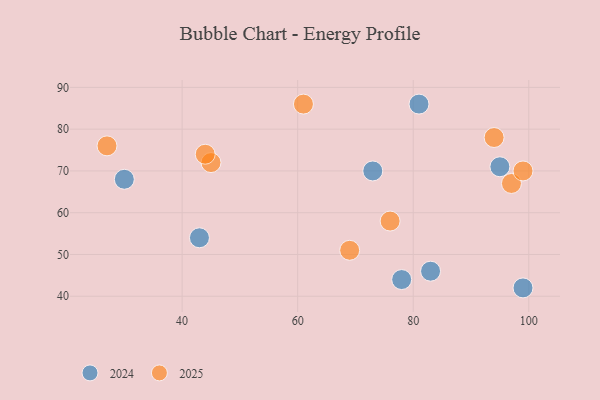
{"axis": {"x": "GDP", "y": "Life Expectancy"}, "legend": ["2024", "2025"], "data": [{"x": "27", "y": 76, "type": "2025"}, {"x": "76", "y": 58, "type": "2025"}, {"x": "97", "y": 67, "type": "2025"}, {"x": "69", "y": 51, "type": "2025"}, {"x": "45", "y": 72, "type": "2025"}, {"x": "61", "y": 86, "type": "2025"}, {"x": "44", "y": 74, "type": "2025"}, {"x": "94", "y": 78, "type": "2025"}, {"x": "99", "y": 70, "type": "2025"}, {"x": "73", "y": 70, "type": "2024"}, {"x": "95", "y": 71, "type": "2024"}, {"x": "78", "y": 44, "type": "2024"}, {"x": "81", "y": 86, "type": "2024"}, {"x": "83", "y": 46, "type": "2024"}, {"x": "99", "y": 42, "type": "2024"}, {"x": "43", "y": 54, "type": "2024"}, {"x": "30", "y": 68, "type": "2024"}]}